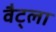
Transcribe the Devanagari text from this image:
वैट्ला